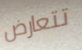
تتعارض